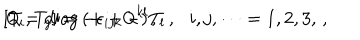
[ T _ { i } , T _ { j } ] = - \epsilon _ { i j k } \mathsf { Q } ^ { k l } T _ { l } \, , \, \, \, \, i , j , \cdots = 1 , 2 , 3 , \, , \hspace { 1 c m } \mathsf { Q } = \mathrm { d i a g } \, ( + + - ) \, ,